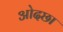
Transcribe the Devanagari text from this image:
ओदछा